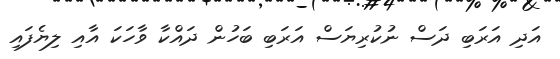
އަދި އަރަބި ދަސް ނުކުރިޔަސް އަރަބި ބަހުން ދައްކާ ވާހަކަ އާއި ލިޔެފައި